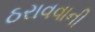
ઠરાવવાની